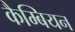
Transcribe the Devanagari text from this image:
कैम्बियन